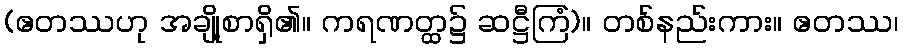
(ဧတဿဟု အချို့စာရှိ၏။ ကရဏတ္ထ၌ ဆဋ္ဌီကြံ)။ တစ်နည်းကား။ ဧတဿ၊